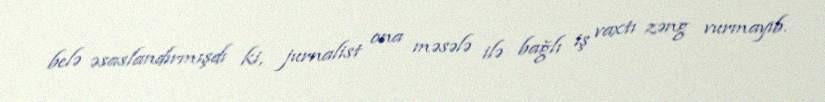
belə əsaslandırmışdı ki, jurnalist ona məsələ ilə bağlı iş vaxtı zəng vurmayıb.